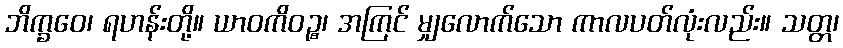
ဘိက္ခဝေ၊ ရဟန်းတို့။ ယာဝကိဝဉ္စ၊ အကြင် မျှလောက်သော ကာလပတ်လုံးလည်း။ သတ္တ၊